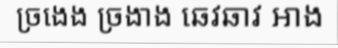
ច្រងេង ច្រងាង ឆេវឆាវ អាង